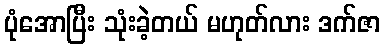
ပုံအောပြီး သုံးခဲ့တယ် မဟုတ်လား ဒက်ဇာ